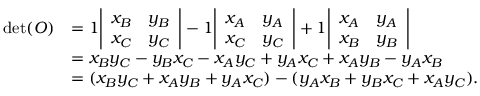
{ \begin{array} { r l } { \operatorname* { d e t } ( O ) } & { = 1 { \left| \begin{array} { l l } { x _ { B } } & { y _ { B } } \\ { x _ { C } } & { y _ { C } } \end{array} \right| } - 1 { \left| \begin{array} { l l } { x _ { A } } & { y _ { A } } \\ { x _ { C } } & { y _ { C } } \end{array} \right| } + 1 { \left| \begin{array} { l l } { x _ { A } } & { y _ { A } } \\ { x _ { B } } & { y _ { B } } \end{array} \right| } } \\ & { = x _ { B } y _ { C } - y _ { B } x _ { C } - x _ { A } y _ { C } + y _ { A } x _ { C } + x _ { A } y _ { B } - y _ { A } x _ { B } } \\ & { = ( x _ { B } y _ { C } + x _ { A } y _ { B } + y _ { A } x _ { C } ) - ( y _ { A } x _ { B } + y _ { B } x _ { C } + x _ { A } y _ { C } ) . } \end{array} }